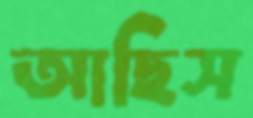
আছিস